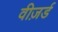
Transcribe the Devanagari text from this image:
वीज़र्ड